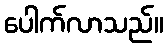
ပေါက်လာသည်။